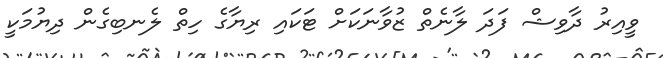
ވީއިރު ދާވިޝް ފަދަ ލާނެތް ޒުވާނަކަށް ޓަކައި ރިޔާގެ ހިތް ލެނބިގެން ދިޔުމަކީ